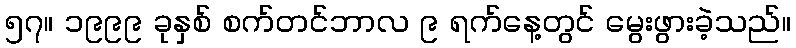
၅၇။ ၁၉၉၉ ခုနှစ် စက်တင်ဘာလ ၉ ရက်နေ့တွင် မွေးဖွားခဲ့သည်။